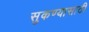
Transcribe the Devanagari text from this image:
सुकण्यासाठी